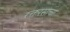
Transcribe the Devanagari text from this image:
रक्तरसाचा